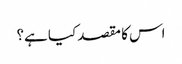
اس کا مقصد کیا ہے؟